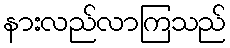
နားလည်လာကြသည်